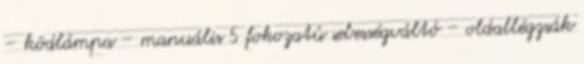
– ködlámpa – manuális 5 fokozatú sebességváltó – oldallégzsák